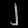
Digit: ၂